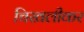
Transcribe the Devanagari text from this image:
चिखलीकर